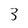
Character: 3